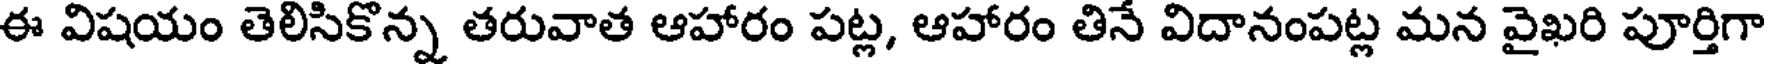
ఈ విషయం తెలిసికొన్న తరువాత ఆహారం పట్ల, ఆహారం తినే విదానంపట్ల మన వైఖరి పూర్తిగా